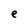
Character: e